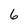
Character: 6